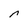
Character: r